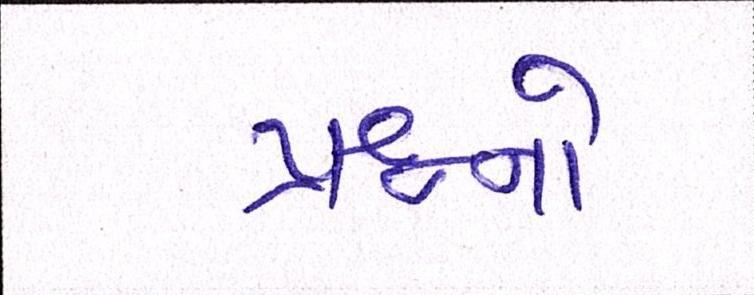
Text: પ્રશ્નનો